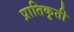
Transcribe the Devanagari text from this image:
प्रातिकृती